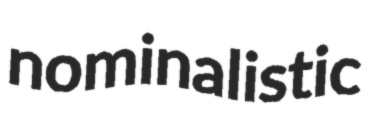
nominalistic